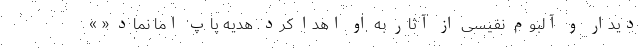
دیدار و آلبوم نفیسی از آثار به او اهدا کرد. هدیه پاپ اما نماد « »